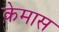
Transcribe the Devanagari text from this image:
केमास